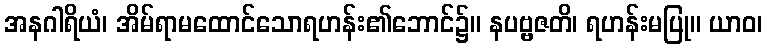
အနဂါရိယံ၊ အိမ်ရာမထောင်သောရဟန်း၏ဘောင်၌။ နပဗ္ဗဇတိ၊ ရဟန်းမပြု။ ယာဝ၊